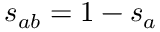
s _ { a b } = 1 - s _ { a }